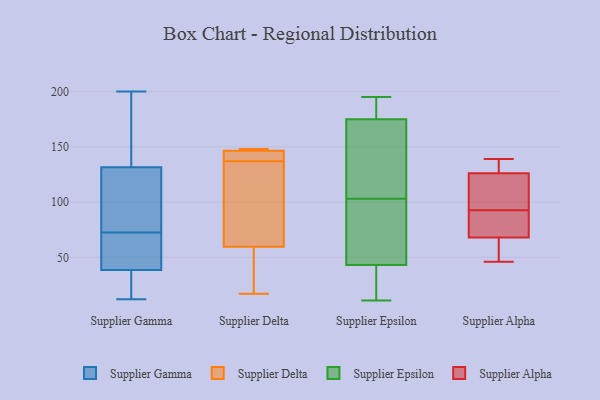
{"axis": {"x": "Budget (USD K)", "y": "Value"}, "legend": ["Supplier Alpha", "Supplier Delta", "Supplier Epsilon", "Supplier Gamma"], "data": [{"x": "", "y": 44, "type": "Supplier Gamma"}, {"x": "", "y": 13, "type": "Supplier Gamma"}, {"x": "", "y": 12, "type": "Supplier Gamma"}, {"x": "", "y": 69, "type": "Supplier Gamma"}, {"x": "", "y": 75, "type": "Supplier Gamma"}, {"x": "", "y": 78, "type": "Supplier Gamma"}, {"x": "", "y": 33, "type": "Supplier Gamma"}, {"x": "", "y": 70, "type": "Supplier Gamma"}, {"x": "", "y": 22, "type": "Supplier Gamma"}, {"x": "", "y": 124, "type": "Supplier Gamma"}, {"x": "", "y": 139, "type": "Supplier Gamma"}, {"x": "", "y": 170, "type": "Supplier Gamma"}, {"x": "", "y": 44, "type": "Supplier Gamma"}, {"x": "", "y": 98, "type": "Supplier Gamma"}, {"x": "", "y": 200, "type": "Supplier Gamma"}, {"x": "", "y": 157, "type": "Supplier Gamma"}, {"x": "", "y": 20, "type": "Supplier Delta"}, {"x": "", "y": 148, "type": "Supplier Delta"}, {"x": "", "y": 143, "type": "Supplier Delta"}, {"x": "", "y": 148, "type": "Supplier Delta"}, {"x": "", "y": 143, "type": "Supplier Delta"}, {"x": "", "y": 107, "type": "Supplier Delta"}, {"x": "", "y": 131, "type": "Supplier Delta"}, {"x": "", "y": 34, "type": "Supplier Delta"}, {"x": "", "y": 146, "type": "Supplier Delta"}, {"x": "", "y": 85, "type": "Supplier Delta"}, {"x": "", "y": 147, "type": "Supplier Delta"}, {"x": "", "y": 17, "type": "Supplier Delta"}, {"x": "", "y": 72, "type": "Supplier Epsilon"}, {"x": "", "y": 118, "type": "Supplier Epsilon"}, {"x": "", "y": 22, "type": "Supplier Epsilon"}, {"x": "", "y": 195, "type": "Supplier Epsilon"}, {"x": "", "y": 81, "type": "Supplier Epsilon"}, {"x": "", "y": 134, "type": "Supplier Epsilon"}, {"x": "", "y": 177, "type": "Supplier Epsilon"}, {"x": "", "y": 175, "type": "Supplier Epsilon"}, {"x": "", "y": 151, "type": "Supplier Epsilon"}, {"x": "", "y": 184, "type": "Supplier Epsilon"}, {"x": "", "y": 43, "type": "Supplier Epsilon"}, {"x": "", "y": 20, "type": "Supplier Epsilon"}, {"x": "", "y": 88, "type": "Supplier Epsilon"}, {"x": "", "y": 11, "type": "Supplier Epsilon"}, {"x": "", "y": 18, "type": "Supplier Epsilon"}, {"x": "", "y": 161, "type": "Supplier Epsilon"}, {"x": "", "y": 88, "type": "Supplier Epsilon"}, {"x": "", "y": 175, "type": "Supplier Epsilon"}, {"x": "", "y": 46, "type": "Supplier Alpha"}, {"x": "", "y": 83, "type": "Supplier Alpha"}, {"x": "", "y": 126, "type": "Supplier Alpha"}, {"x": "", "y": 139, "type": "Supplier Alpha"}, {"x": "", "y": 56, "type": "Supplier Alpha"}, {"x": "", "y": 97, "type": "Supplier Alpha"}, {"x": "", "y": 72, "type": "Supplier Alpha"}, {"x": "", "y": 92, "type": "Supplier Alpha"}, {"x": "", "y": 132, "type": "Supplier Alpha"}, {"x": "", "y": 132, "type": "Supplier Alpha"}, {"x": "", "y": 93, "type": "Supplier Alpha"}, {"x": "", "y": 105, "type": "Supplier Alpha"}, {"x": "", "y": 68, "type": "Supplier Alpha"}, {"x": "", "y": 64, "type": "Supplier Alpha"}]}